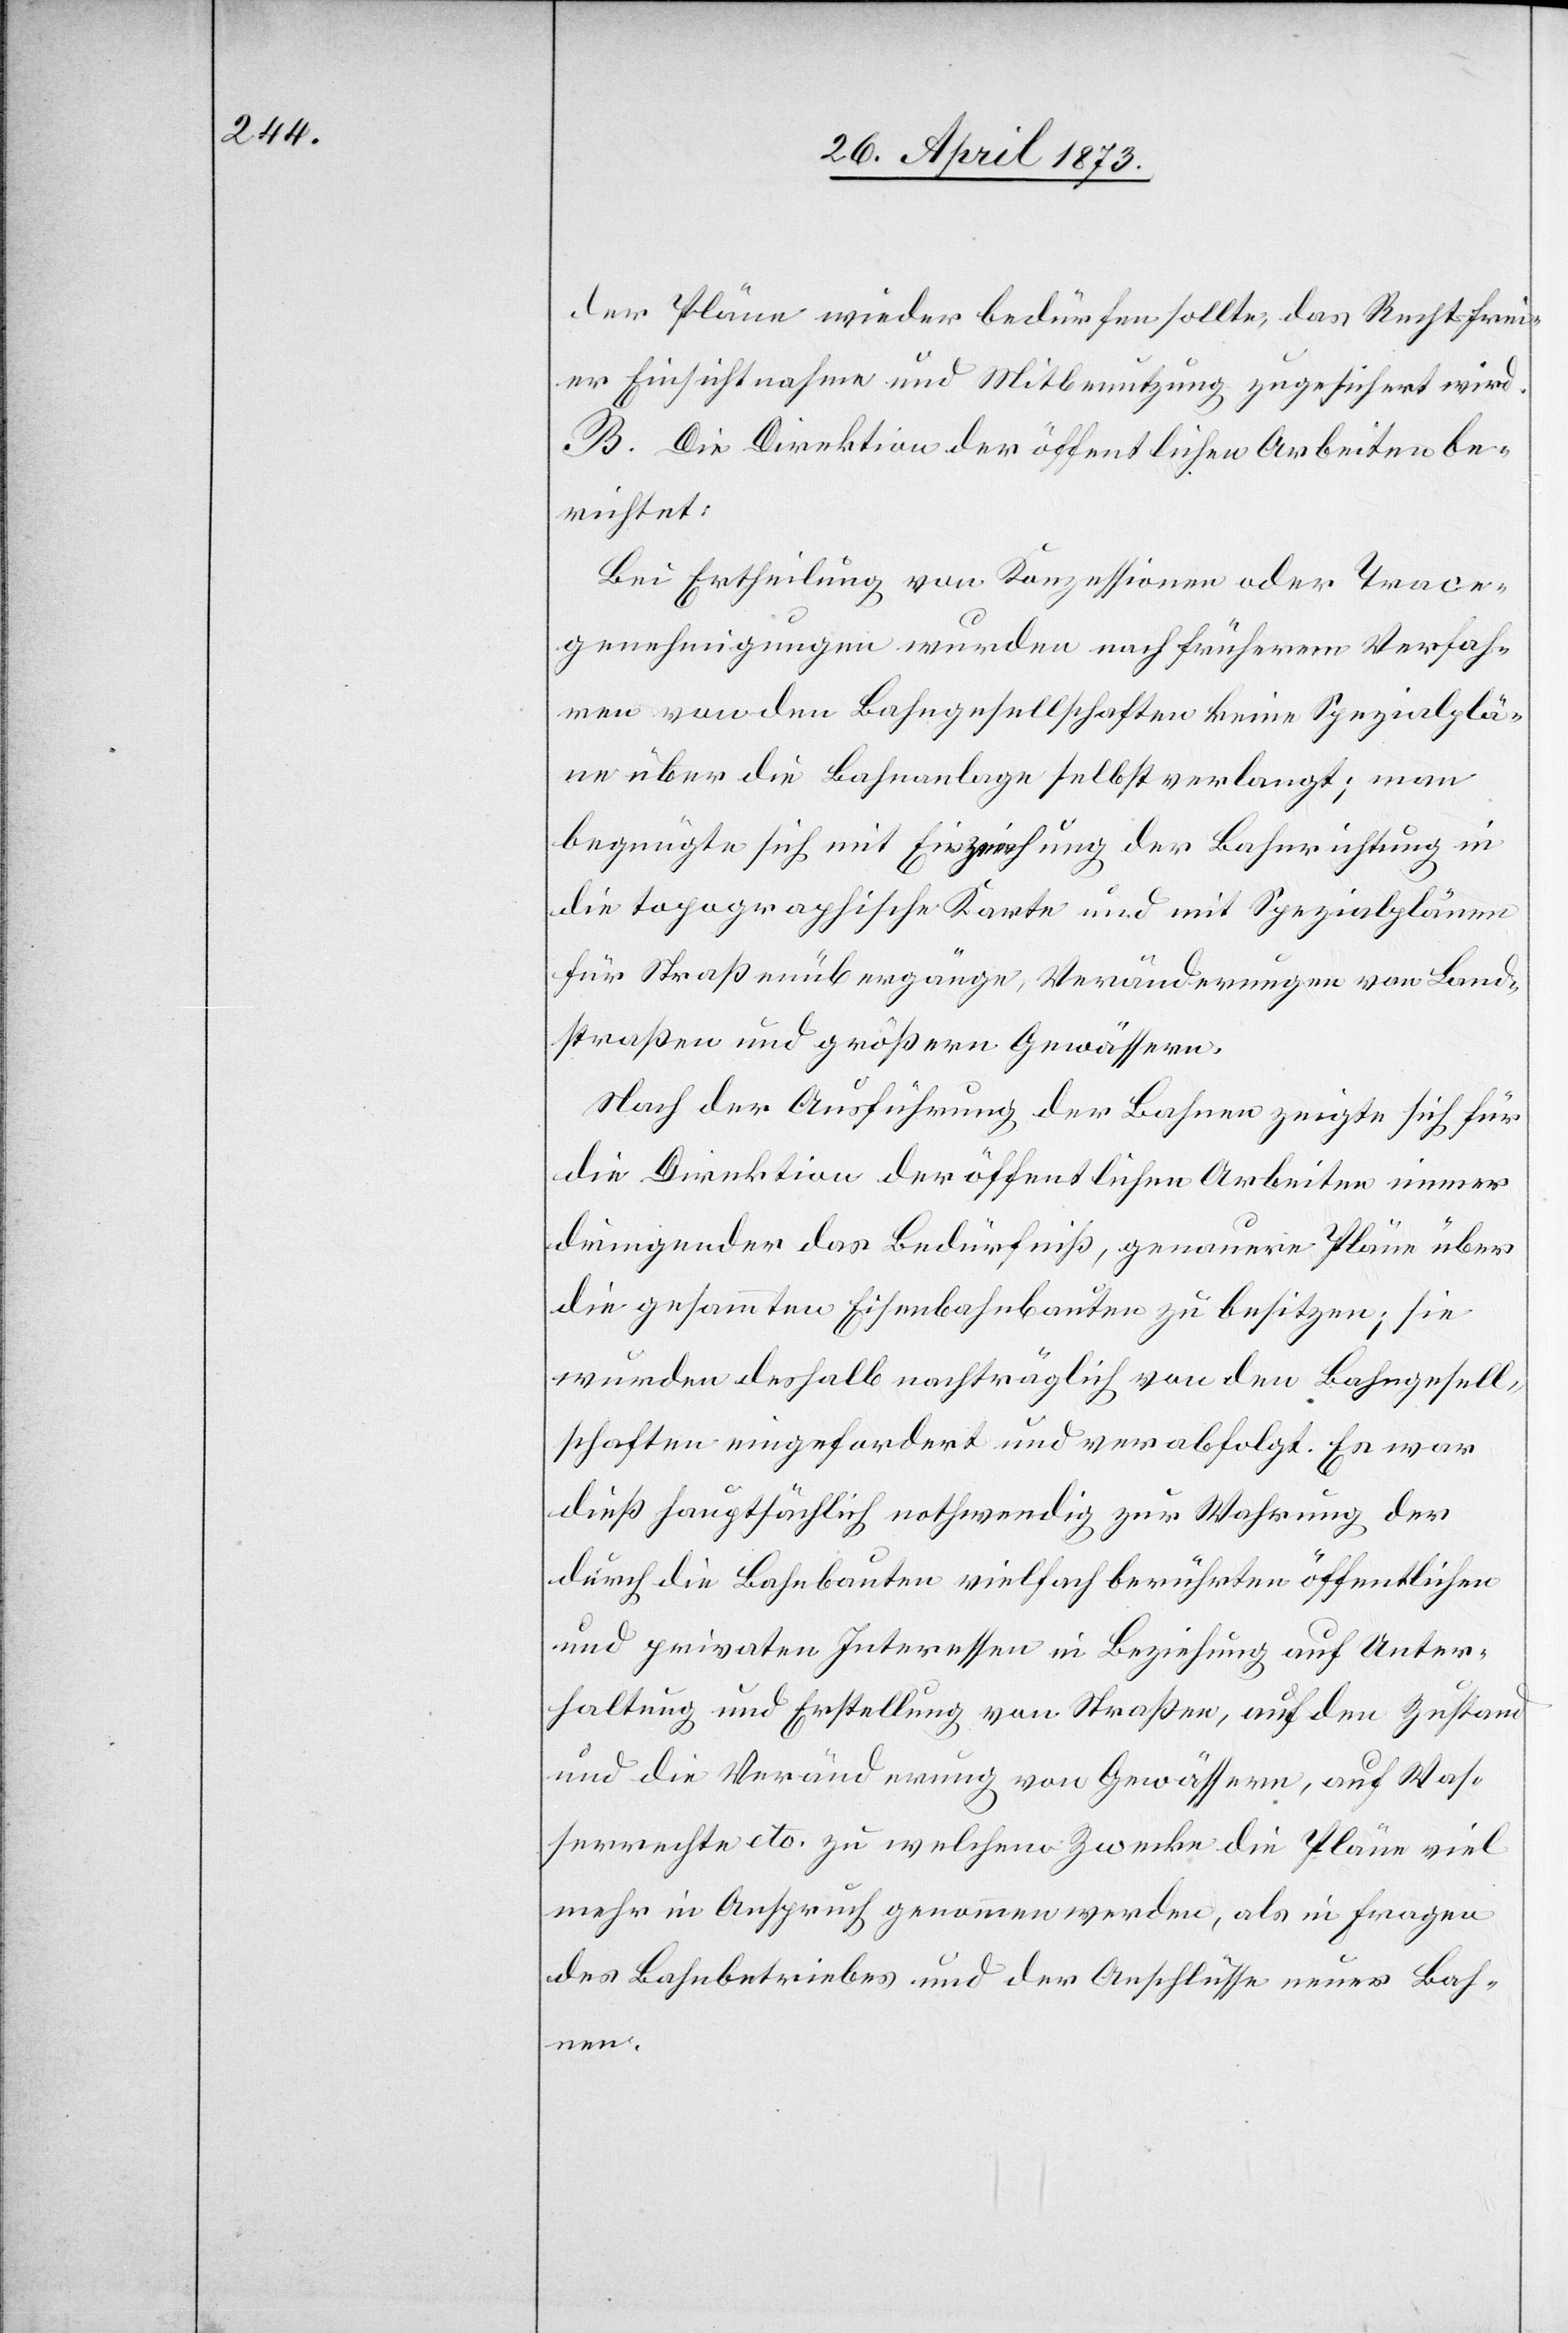
der Pläne wieder bedürfen sollte, das Recht frei¬
er Einsichtnahme und Mitbenutzung zugesichert wird.
B. Die Direktion der öffentlichen Arbeiten be¬
richtet:
Bei Ertheilung von Konzessionen oder Trace¬
genehmigungen wurden nach früherem Verfah¬
ren von den Bahngesellschaften keine Spezialplä¬
ne über die Bahnanlage selbst verlangt; man
begnügte sich mit Einzeichung [sic!] der Bahnrichtung in
die topographische Karte und mit Spezialplänen
für Straßenübergänge, Veränderungen von Land¬
straßen und größern Gewässern.
Nach der Ausführung der Bahnen zeigte sich für
die Direktion der öffentlichen Arbeiten immer
dringender das Bedürfniß, genauere Pläne über
die gesammten Eisenbahnbauten zu besitzen; sie
wurden deshalb nachträglich von den Bahngesell¬
schaften eingefordert und verabfolgt. Es war
dieß hauptsächlich nothwendig zur Wahrung der
durch die Bahnbauten vielfach berührten öffentlichen
und privaten Interessen in Beziehung auf Unter¬
haltung und Erstellung von Straßen, auf den Zustand
und die Veränderung von Gewässern, auf Was¬
serrechte etc. zu welchem Zwecke die Pläne viel
mehr in Anspruch genommen werden, als in Fragen
des Bahnbetriebes und der Anschlüsse neuer Bah¬
nen.